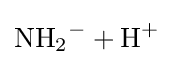
{\mathrm {NH} {\vphantom {A}}_{\smash[{t}]{2}}{\vphantom {A}}^{-}{}+{}\mathrm {H} {\vphantom {A}}^{+}}